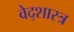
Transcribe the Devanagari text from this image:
वेद्शास्त्र